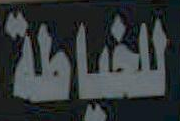
للخياطة